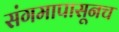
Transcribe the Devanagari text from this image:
संगमापासूनच